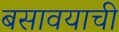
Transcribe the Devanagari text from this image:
बसावयाची